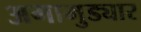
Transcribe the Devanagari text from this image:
अगामुड्यार